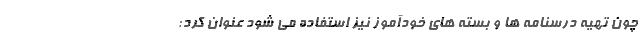
چون تهیه درسنامه ها و بسته های خودآموز نیز استفاده می شود عنوان کرد: